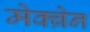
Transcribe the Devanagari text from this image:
मेक्ब्रेन